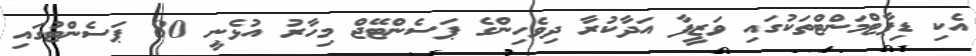
އެކި ޑިޕާޓްމަންޓްތަކުގައި ވަޒީފާ އަދާކުރާ ދިވެހިންގެ ޕަސެންޓޭޖް މިހާރު އުޅެނީ 80 ޕަސެންޓުގައި